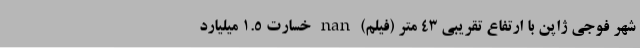
شهر فوجی ژاپن‌ با ارتفاع تقریبی 43 متر (فیلم) nan خسارت 1.5 میلیارد